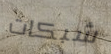
شبكات